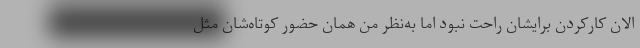
الان کارکردن برایشان راحت نبود اما به‌نظر من همان حضور کوتاه‌شان مثل